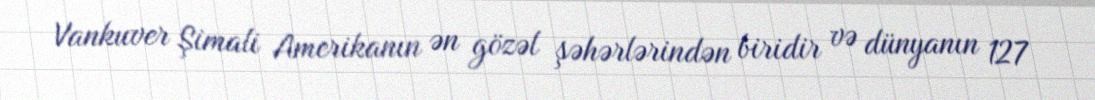
Vankuver Şimali Amerikanın ən gözəl şəhərlərindən biridir və dünyanın 127